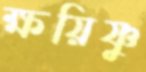
ক্ষয়িষ্ণু